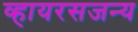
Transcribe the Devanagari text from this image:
व्हायरसजन्य